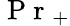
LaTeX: \mathrm{~P~r~}_{+}